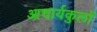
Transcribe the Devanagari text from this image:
आचार्यकुलों